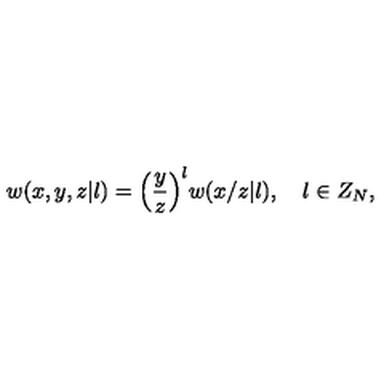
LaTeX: w ( x , y , z | l ) = { \Bigl ( } { \frac { y } { z } } { \Bigr ) } ^ { l } w ( x / z | l ) , \quad l \in Z _ { N } ,